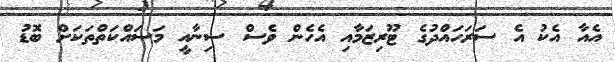
އެއާ އެކު އެ ސަރަހައްދުގެ ޓޫރިޒަމާއި އެހެން ވެސް ސިނާއީ މަސައްކަތްތަކަށް ބޮޑު